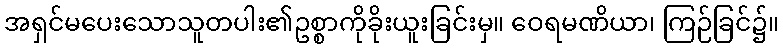
အရှင်မပေးသောသူတပါး၏ဥစ္စာကိုခိုးယူးခြင်းမှ။ ဝေရမဏိယာ၊ ကြဉ်ခြင်၌။